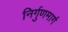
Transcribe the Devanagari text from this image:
निर्गुणमार्ग